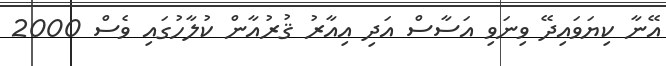
އޭނާ ކިޔަވައިދޭ ވިނަވި އަސާސް އަދި އިއާރު ޤުރުއާން ކުލާހުގައި ވެސް 2000